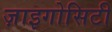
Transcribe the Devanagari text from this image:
ज़ाइगोसिटी